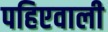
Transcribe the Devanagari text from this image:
पहिएवाली